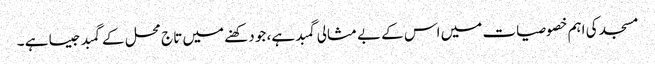
مسجد کی اہم خصوصیات میں اس کے بے مثالی گمبد ہے، جو دکھنے میں تاج محل کے گمبد جیسا ہے ۔